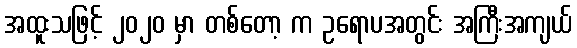
အထူးသဖြင့် ၂၀၂၀ မှာ တစ်တော့ က ဥရောပအတွင်း အကြီးအကျယ်